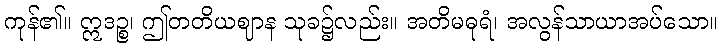
ကုန်၏။ ဣဒဉ္စ၊ ဤတတိယဈာန သုခ၌လည်း။ အတိမဓုရံ၊ အလွန်သာယာအပ်သော။